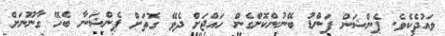
ވައުދެކެވެ. ޕެންޝަން ފަންޑު ބޭނުންކޮށްގެން ހައްޖަށް ދެވޭ ގޮތަށް ޕެންޝަނާ ބެހޭ ގާނޫނަށް